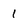
Character: 1